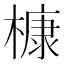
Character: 槺